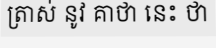
ត្រាស់ នូវ គាថា នេះ ថា